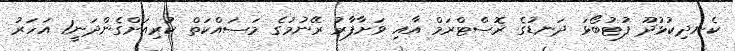
ކެނދިކުޅުދޫ ފުޓުބޯޅަ ދަނޑުގެ ރޮސްޓްރަމް އާއި ވަށާފާރު ރޭނުމުގެ މަސައްކަތް ކުރިއަށްގެންދަނީ1 އަހަރު